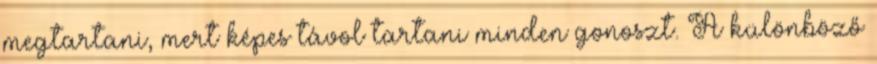
megtartani, mert képes távol tartani minden gonoszt. A különböző